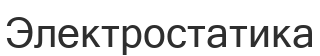
Электростатика